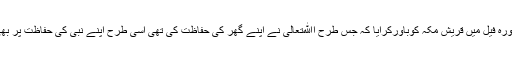
بعد از اعلان نبوت اﷲتعالی نے سورہ فیل میں قریش مکہ کوباورکرایا کہ جس طرح اﷲتعالی نے اپنے گھر کی حفاظت کی تھی اسی طرح اپنے نبی کی حفاظت پر بھی اﷲتعالی مکمل قدرت رکھتاہے۔